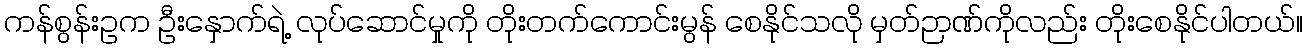
ကန်စွန်းဥက ဦးနှောက်ရဲ့ လုပ်ဆောင်မှုကို တိုးတက်ကောင်းမွန် စေနိုင်သလို မှတ်ဉာဏ်ကိုလည်း တိုးစေနိုင်ပါတယ်။